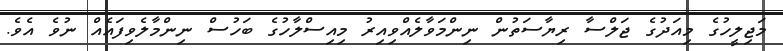
މަޖިލީހުގެ މިއަދުގެ ޖަލްސާ ރިޔާސަތުން ނިންމަވާލެއްވިއިރު މިއިސްލާހުގެ ބަހުސް ނިންމާލެވިފައެއް ނުވެ އެވެ.